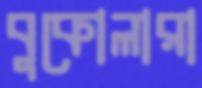
বুকোলারা